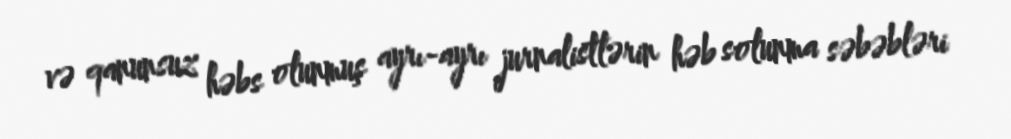
və qanunsuz həbs olunmuş ayrı-ayrı jurnalistlərin həb solunma səbəbləri